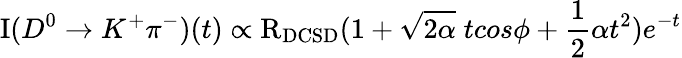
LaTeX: \mathrm{I}(D^{0}\to K^{+}\pi^{-})(t)\propto\mathrm{R}_{\mathrm{DCSD}}(1+\sqrt{2\alpha}\; tcos\phi+\frac{1}{2}\alpha t^{2})e^{-t}